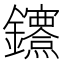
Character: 𨰔